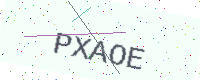
Text: PXAOE